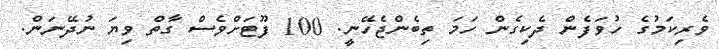
ވެރިކަމުގެ ހުވަފެން ދެކިގެން ހަމަ ތިބެންޖެހޭނީ. 100 ފޫޓަށްވެސް ގާތް ވިޔަ ނުދޭނަން.